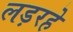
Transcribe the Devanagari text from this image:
लड़रहे